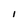
Character: I